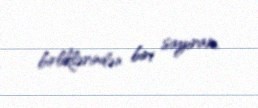
birliklərindən biri sayıram.